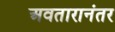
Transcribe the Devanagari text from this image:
अवतारानंतर